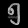
Digit: ၅